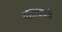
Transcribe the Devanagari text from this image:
कनचपड़े